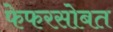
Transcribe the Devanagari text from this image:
फेफरसोबत